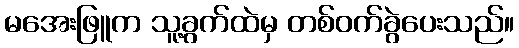
မအေးဖြူက သူ့ခွက်ထဲမှ တစ်ဝက်ခွဲပေးသည်။